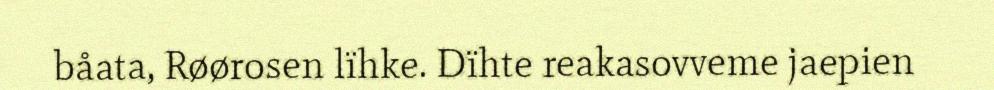
båata, Røørosen lïhke. Dïhte reakasovveme jaepien